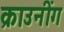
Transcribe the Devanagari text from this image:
क्राउनींग